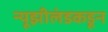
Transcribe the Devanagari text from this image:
न्यूझीलंडकडून